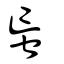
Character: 䖟